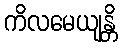
ကိလမေယျန္တိ